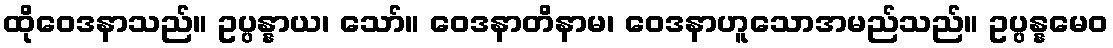
ထိုဝေဒနာသည်။ ဥပ္ပန္နာယ၊ သော်။ ဝေဒနာတိနာမ၊ ဝေဒနာဟူသောအမည်သည်။ ဥပ္ပန္နမေဝ